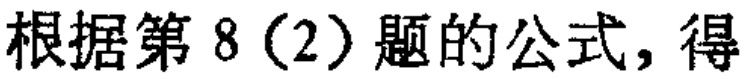
根据第8（2）题的公式，得